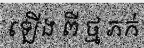
ឡើង ពី ថ្ម ភក់